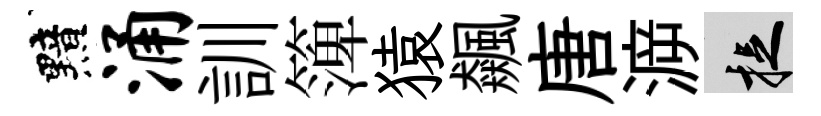
黯涌訓𥱼猿飆唐㴑捉